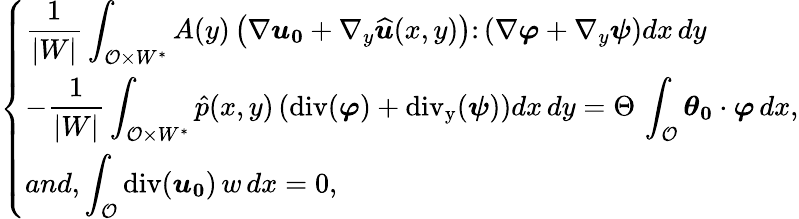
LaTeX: \displaystyle\left\{ \begin{array}{l}{\displaystyle\frac{1}{|W|}\int_{{\mathcal{O}}\times W^{*}}A(y)\left(\nabla\boldsymbol{u_{0}}+\nabla_{y}\widehat{\boldsymbol u}(x,y)\right)\colon\left(\nabla\boldsymbol\varphi+\nabla_{y}\boldsymbol\psi\right)dx\, dy}\\ {-\displaystyle\frac{1}{|W|}\int_{{\mathcal{O}}\times W^{*}}\hat{p}(x,y)\left(\operatorname{div}(\boldsymbol\varphi)+\operatorname{div_{y}}(\boldsymbol\psi)\right)dx\, dy=\Theta\, \int_{{\mathcal{O}}}\boldsymbol{\boldsymbol{\theta}_{0}}\cdot\boldsymbol\varphi\, dx,}\\ {and,\displaystyle\int_{{\mathcal{O}}}\operatorname{div}(\boldsymbol{u_{0}})\, w\, dx=0,}\end{array}\right.